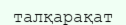
талқарақат